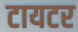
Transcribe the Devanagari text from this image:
टायटर